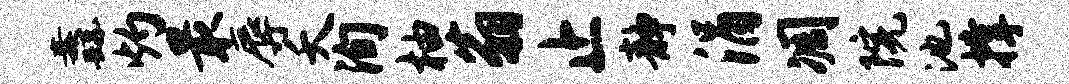
纛灼最辱夭洵柚翁止静涓凋院池撑